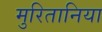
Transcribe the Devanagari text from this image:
मुरितानिया